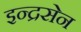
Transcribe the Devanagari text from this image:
इन्द्रसेन